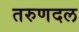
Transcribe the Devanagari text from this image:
तरुणदल